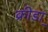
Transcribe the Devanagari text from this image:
क्रीडा़